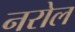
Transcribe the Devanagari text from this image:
नरोल